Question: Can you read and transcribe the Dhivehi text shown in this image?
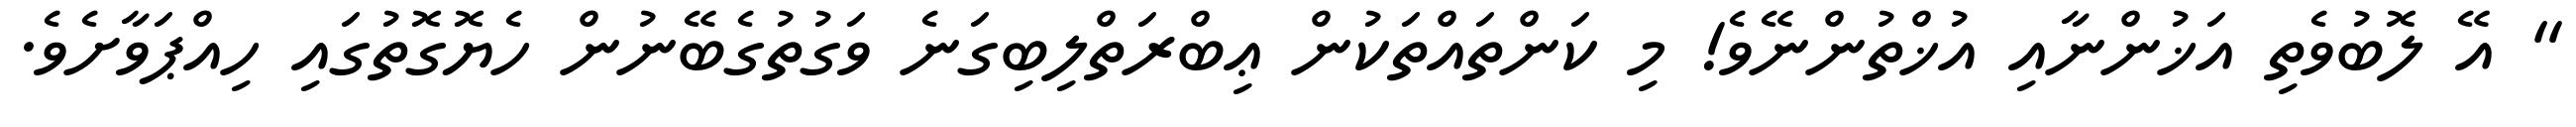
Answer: " އޭ ލޮބުވެތި އަޚުންނާއި އުޚްތުންނޭވެ! މި ކަންތައްތަކުން ޢިބްރަތްލިބިގަނެ ވަގުތުގެބޭނުން ހެޔޮގޮތުގައި ހިއްޕަވާށެވެ.